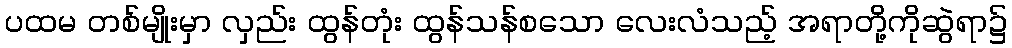
ပထမ တစ်မျိုးမှာ လှည်း ထွန်တုံး ထွန်သန်စသော လေးလံသည့် အရာတို့ကိုဆွဲရာ၌